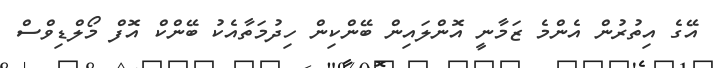
އޭގެ އިތުރުން އެންމެ ޒަމާނީ އޮންލައިން ބޭންކިން ހިދުމަތާއެކު ބޭންކް އޮފް މޯލްޑިވްސް